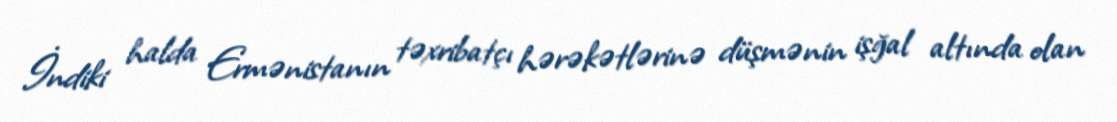
İndiki halda Ermənistanın təxribatçı hərəkətlərinə düşmənin işğal altında olan